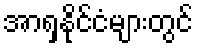
အာရှနိုင်ငံများတွင်